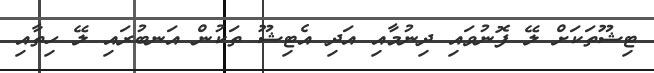
ޓިޝޫތަކަށް ލޭ ފޮނުވައި ދިނުމާއި އަދި އެޓިޝޫ ތަކުން އަނބުރައި ލޭ ހިތާއި